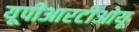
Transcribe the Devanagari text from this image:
यूपीआरटीओयू